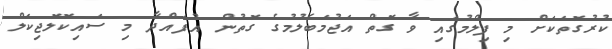
ކުރުގޮތަކަށް މި ފިލްމުގައި ވާ ގޮތް އަޖުމަބެލުމުގެ ގޮތުން އުފައްދާ މި ސައިކޮލޮޖިކަލް